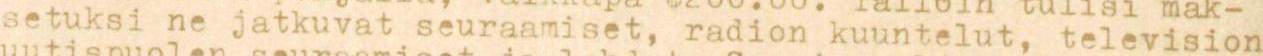
setuksi ne jatkuvat seuraamiset, radion kuuntelut, television